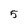
Character: 5